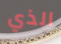
الذي